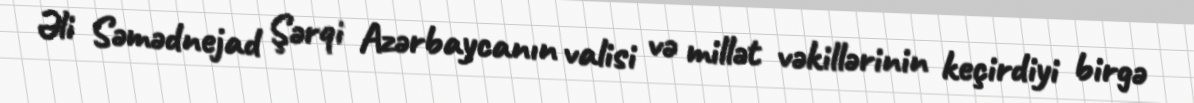
Əli Səmədnejad Şərqi Azərbaycanın valisi və millət vəkillərinin keçirdiyi birgə